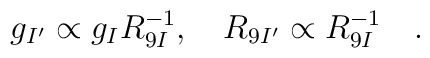
g_{I^{\prime}} \propto g_I R_{9I}^{-1} , \quad R_{9I^{\prime}} \propto R_{9I}^{-1} \quad .